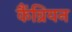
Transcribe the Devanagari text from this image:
कैंव्रियन